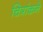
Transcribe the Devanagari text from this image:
चित्रांकने